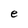
Character: e